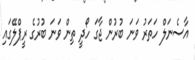
އާސެނަލް ހަތަރު ވަނަ ބުރުން ޖާގަ ހޯދީ ތިން ވަނަ ބުރުގެ ރީޕްލޭގައި